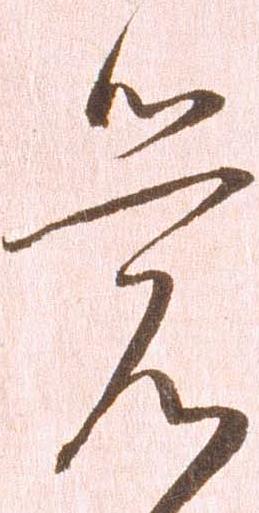
覚